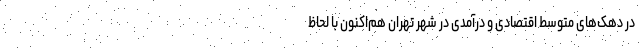
در دهک‌‌های متوسط اقتصادی و درآمدی در شهر تهران هم‌‌اکنون با لحاظ